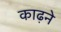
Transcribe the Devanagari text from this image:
काढ़ने